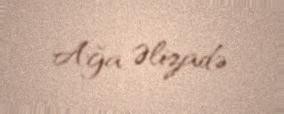
Ağa Əlizadə